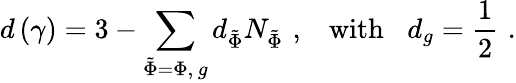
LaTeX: d\left(\gamma\right)=3-\sum_{\tilde{\Phi}=\Phi,\, g}d_{\tilde{\Phi}}N_{\tilde{\Phi}}\, \, ,\, \, \, \, \, \mathrm{with}\, \, \, \, \, d_{g}=\frac 12\, \, .